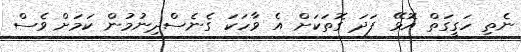
ނެތި ހަގީގަތް އޮޅޭ ފަދަ ގޮތަކަށް އެ ވާހަކަ ގެނެސްދިނުމުން ކަމަށް ވެސް